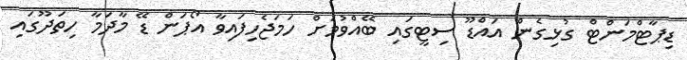
ޑިޕާޓްމަންޓް ގުޅިގެން އައްޑޫ ސިޓީގައި ބޭއްވުމަށް ހަމަޖެހިފައިވާ އޯޕަން ޑޭ މާދަމާ ހިތަދޫގައި